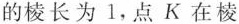
的棱长为1，点K在棱